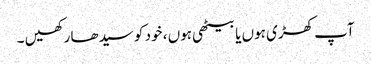
آپ کھڑی ہوں یا بیٹھی ہوں ، خود کو سیدھا رکھیں ۔